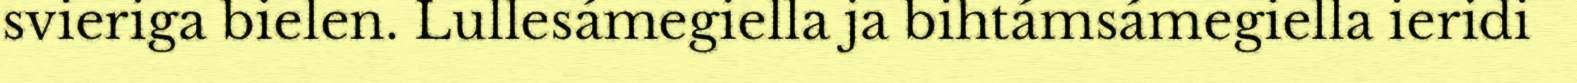
svieriga bielen. Lullesámegiella ja bihtámsámegiella ieridi